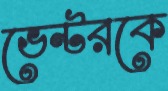
ভেন্টরকে